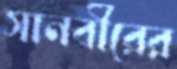
সানবীরের